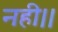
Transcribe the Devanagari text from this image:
नही।।